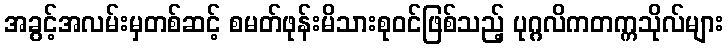
အခွင့်အလမ်းမှတစ်ဆင့် စမတ်ဖုန်းမိသားစုဝင်ဖြစ်သည့် ပုဂ္ဂလိကတက္ကသိုလ်များ